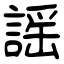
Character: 謡